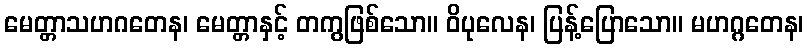
မေတ္တာသဟဂတေန၊ မေတ္တာနှင့် တကွဖြစ်သော။ ဝိပုလေန၊ ပြန့်ပြောသော။ မဟဂ္ဂတေန၊